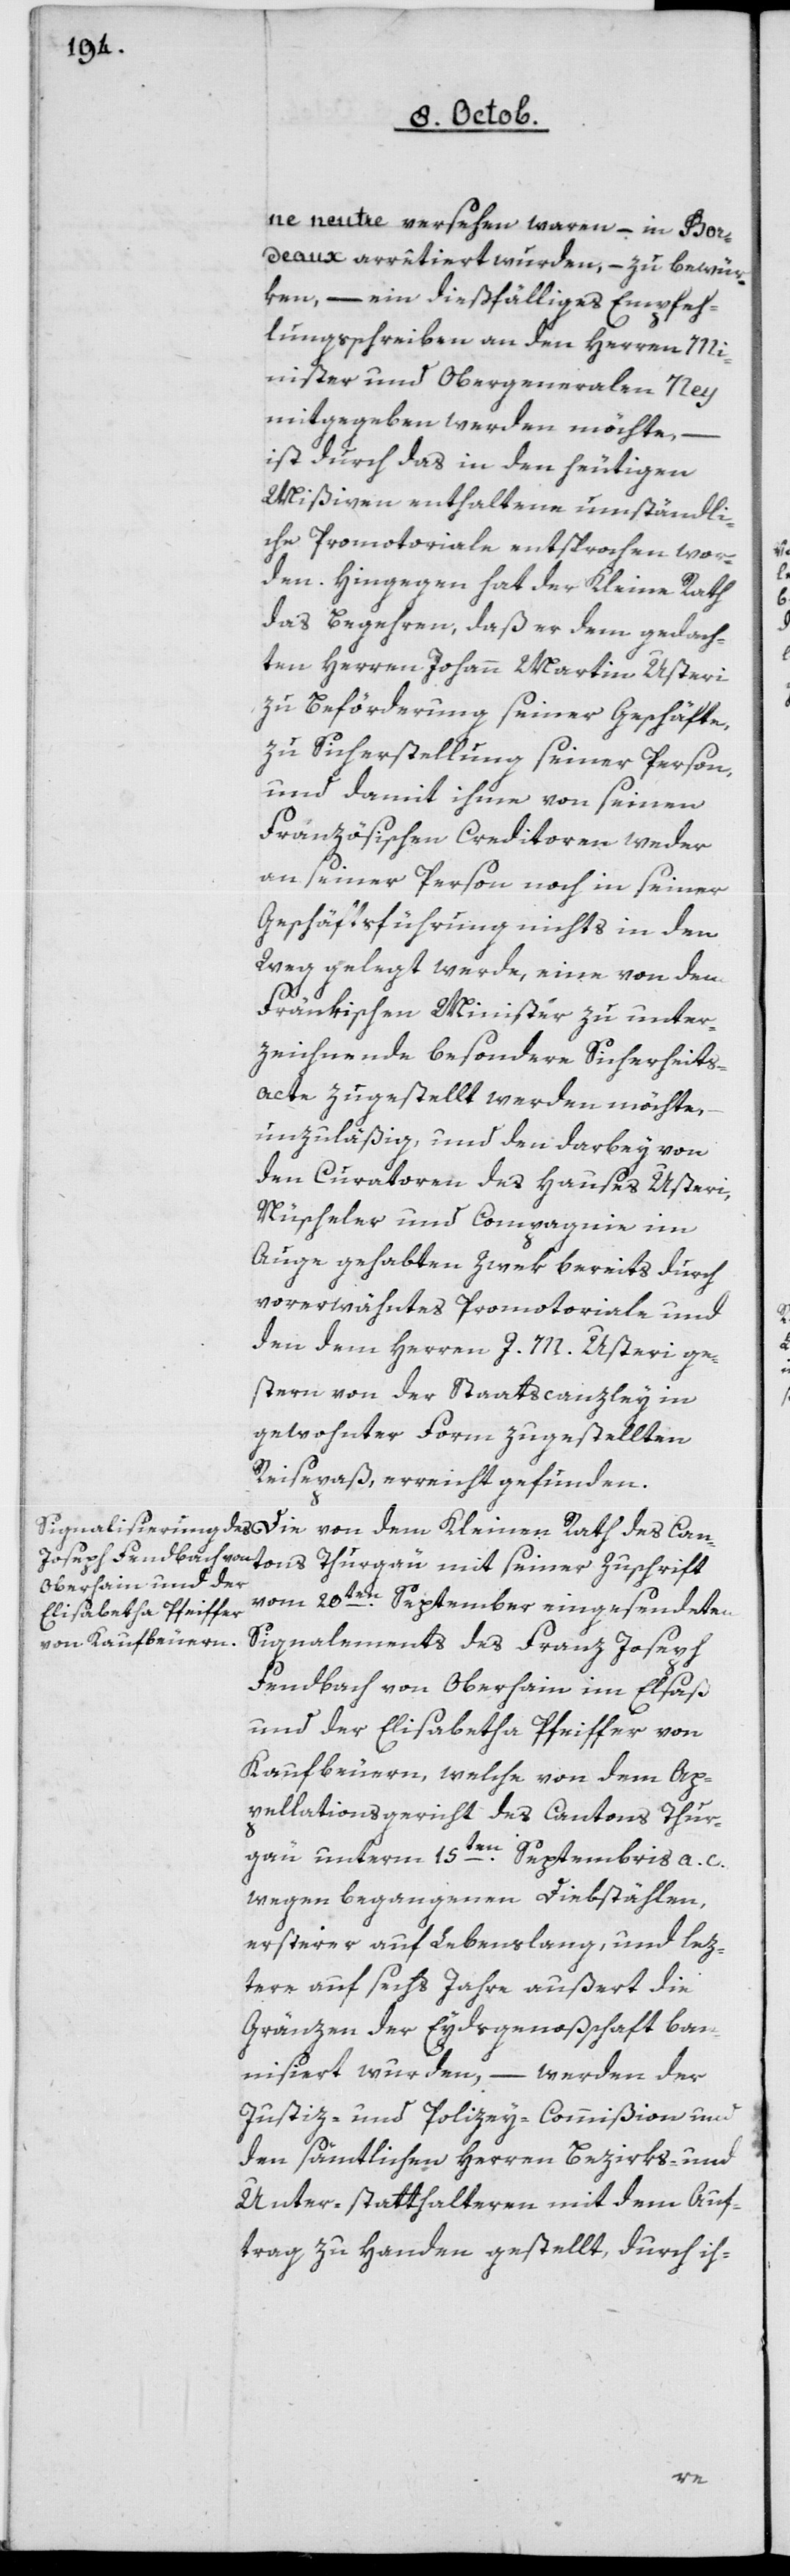
ne neutre versehen waren, in Bor¬
deaux arrêtiert wurden, – zu bewür¬
ken, – ein dießfälliges Empfeh¬
lungsschreiben an den Herren Mi¬
nister und Obergeneralen Ney
mitgegeben werden möchte, –
ist durch das in den heutigen
Mißiven enthaltene umständli¬
che Promotoriale entsprochen wor¬
den. Hingegen hat der Kleine Rath
das Begehren, daß er den gedach¬
ten Herren Johann Martin Usteri
zu Beförderung seiner Geschäfte,
zu Sicherstellung seiner Person,
und damit ihme von seinen
Französischen Creditoren weder
an seiner Person noch in seiner
Geschäftsführung nichts in den
Weg gelegt werde, eine von dem
Fränkischen Minister zu unter¬
zeichnende besondere Sicherheits¬
akte zugestellt werden möchte,
unzuläßig, und den darbey von
den Curatoren des Hauses Usteri,
Nüscheler und Compagnie im
Auge gehabten Zwek bereits durch
vorerwähntes Promotoriale und
den dem Herren J. M. Usteri ge¬
stern von der Staatscanzley in
gewohnter Form zugestellten
Reisepaß, erreicht gefunden.
Cantons Thurgau mit seiner Zuschrift
vom 20ten September eingesendeten
Signalements des Franz Joseph
Fendbach von Oberhain im Elsaß
und der Elisabetha Pfeiffer von
Kaufbeuern, welche von dem Ap¬
pellationsgericht des Cantons Thur¬
gau unterm 15ten Septembris a. c.
wegen begangenen Diebstählen,
ersterer auf Lebenslang, und lez¬
tere auf sechs Jahre außert die
Gränzen der Eydsgenoßenschaft ban¬
nisiert wurden, – werden der
Justiz- und Polizey-Commißion und
den sämtlichen Herren Bezirks- und
Unterstatthalteren mit dem Auf¬
trag zu Handen gestellt, durch ih-